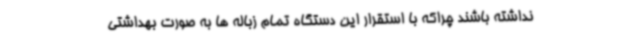
نداشته باشند چراکه با استقرار این دستگاه تمام زباله ها به صورت بهداشتی